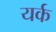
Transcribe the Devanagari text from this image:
यर्क